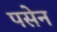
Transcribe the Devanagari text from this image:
पसेन